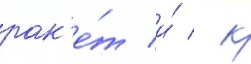
рак'е́т и́ / к